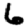
Digit: 6